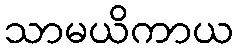
သာမယိကာယ